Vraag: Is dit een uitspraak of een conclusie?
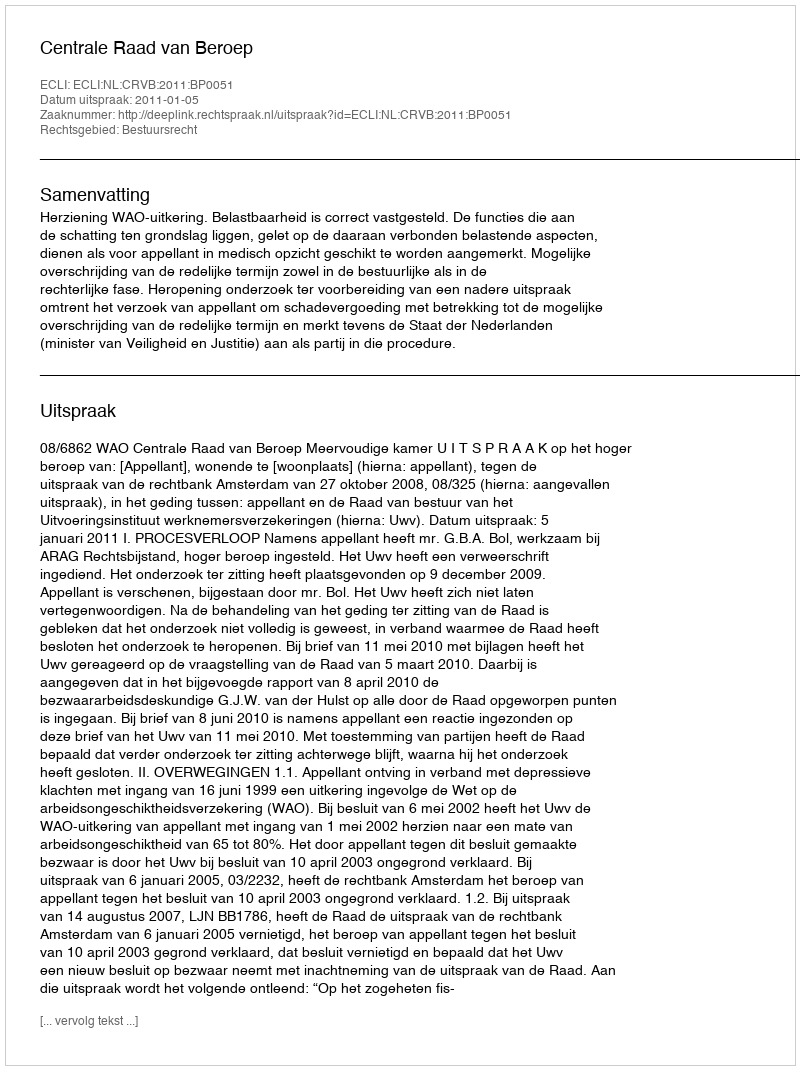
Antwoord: Uitspraak